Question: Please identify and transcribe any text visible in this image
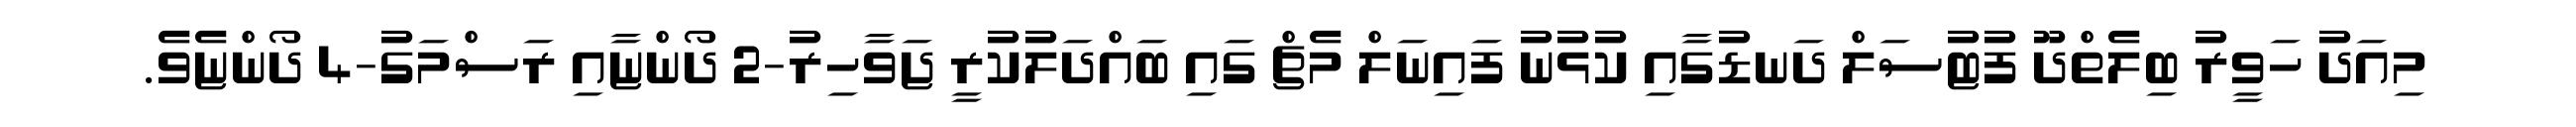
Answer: މިއަދު ހަވީރު ބިލެތްދޫ ފުޓުސަލް ދަނޑުގާއި ކުޅުނު ފައިނަލް މެޗް ގައި ބައްދަލުކުރީ ޖަވާހިރު-2 ދޯންޏާއި ރަސްމަގު-4 ދޯންޏެވެ.